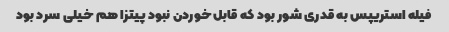
فیله استریپس به قدری شور بود که قابل خوردن نبود پیتزا هم خیلی سرد بود